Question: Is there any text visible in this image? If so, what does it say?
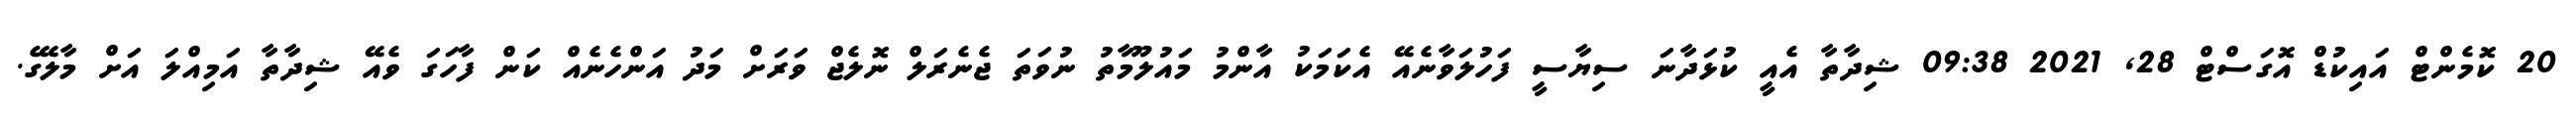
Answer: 20 ކޮމެންޓް އައިކުޑް އޮގަސްޓް 28, 2021 09:38 ޝިދާތާ އެއީ ކުޅަދާނަ ސިޔާސީ ފަހުލަވާނެއޭ އެކަމަކު އާންމު މައުލޫމާތު ނުވަތަ ޖެނެރަލް ނޮލެޖް ވަރަށް މަދު އަންހެނެއް ކަން ފާހަގަ ވެއޭ ޝިދާތާ އަމިއްލަ އަށް މާލޭގެ.